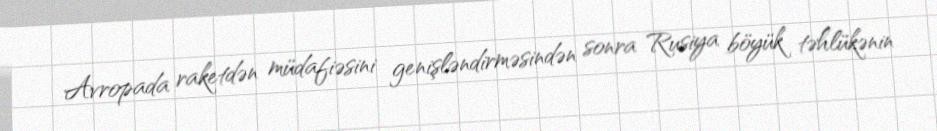
Avropada raketdən müdafiəsini genişləndirməsindən sonra Rusiya böyük təhlükənin